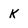
Character: K